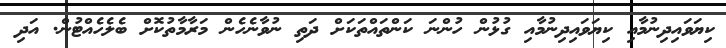
ކިޔަވައިދިނުމާއި ކިޔަވައިދިނުމާއި ގުޅުން ހުންނަ ކަންތައްތަކަށް ދަތި ނުވާނެހެން މަރާމާތުކޮށް ބެލެހެއްޓުން. އަދި